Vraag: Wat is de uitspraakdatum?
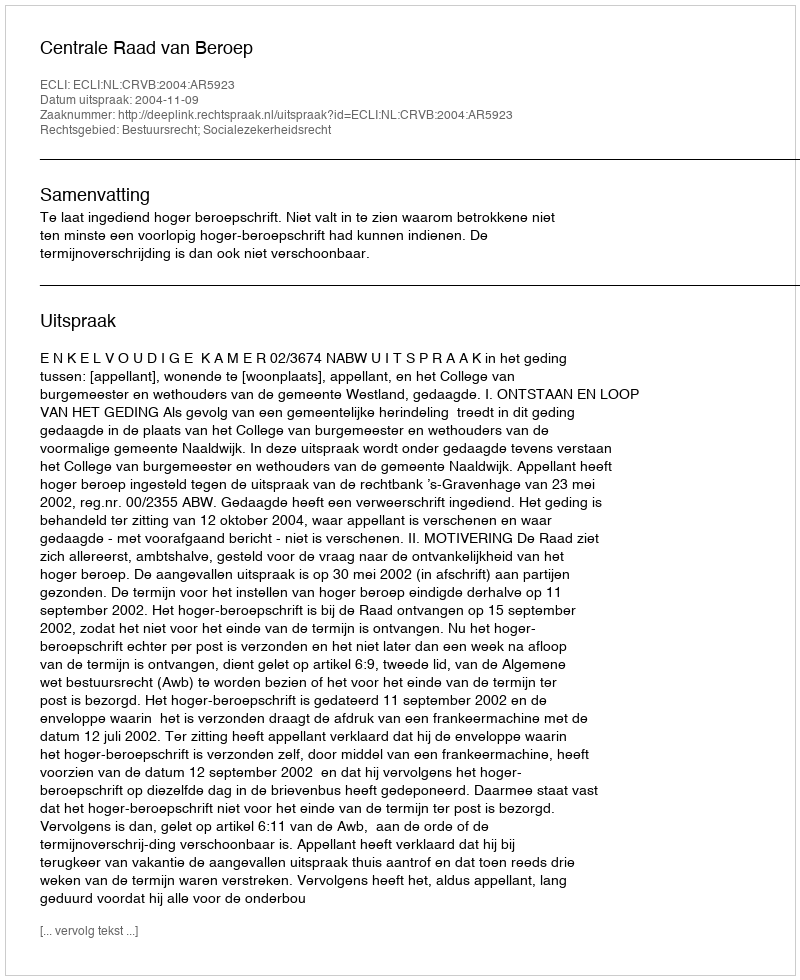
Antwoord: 2004-11-09